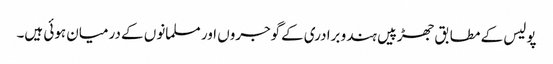
پولیس کے مطابق جھڑپیں ہندو برادری کےگوجروں اور مسلمانوں کے درمیان ہوئی ہیں۔